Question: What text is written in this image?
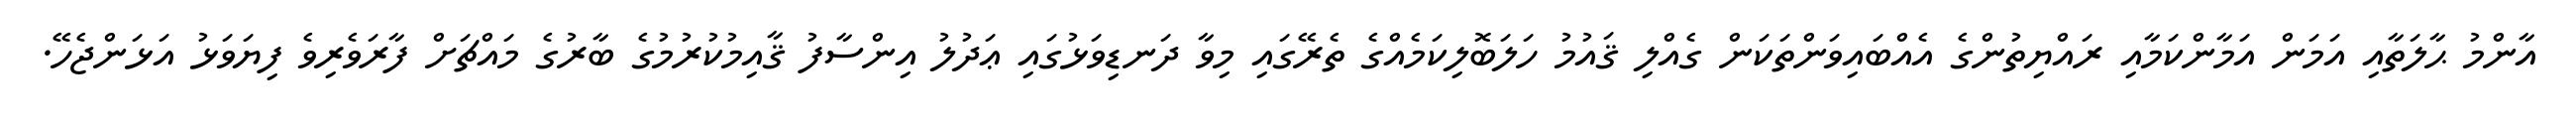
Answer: އާންމު ޙާލަތާއި އަމަން އަމާންކަމާއި ރައްޔިތުންގެ އެއްބައިވަންތަކަން ގެއްލި ޤައުމު ހަލަބޮލިކަމެއްގެ ތެރޭގައި މިވާ ދަނޑިވަޅުގައި ޢަދުލު އިންސާފު ޤާއިމުކުރުމުގެ ބާރުގެ މައްޗަށް ފާރަވެރިވެ ފިޔަވަޅު އަޅަންޖެހޭ.